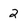
Character: 2